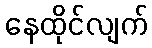
နေထိုင်လျက်